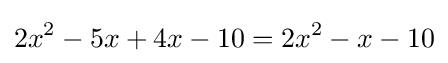
2x^{2}-5x+4x-10=2x^{2}-x-10